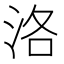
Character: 洛